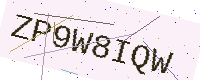
Text: ZP9W8IQW